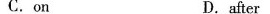
C. on D. after